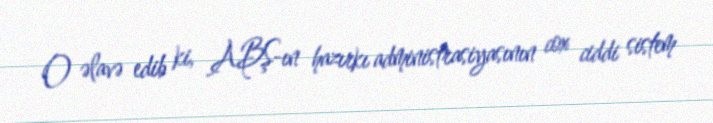
O əlavə edib ki, ABŞ-ın hazırkı administrasiyasının cox ciddi sistem